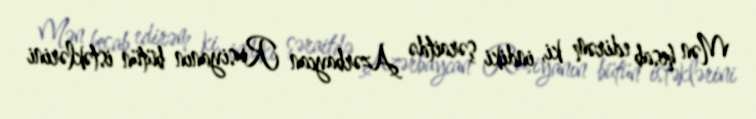
Mən hesab edirəm ki, indiki şəraitdə Azərbaycan Rusiyanın bütün istəklərini